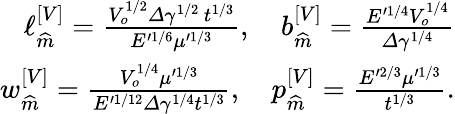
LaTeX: \begin{array}{r}{\ell_{\widehat{m}}^{\left[V\right]}=\frac{V_{o}^{1/2}\varDelta\gamma^{1/2}\, t^{1/3}}{E^{\prime 1/6}\mu^{\prime 1/3}},\quad b_{\widehat{m}}^{\left[V\right]}=\frac{E^{\prime 1/4}V_{o}^{1/4}}{\varDelta\gamma^{1/4}}}\\ {w_{\widehat{m}}^{\left[V\right]}=\frac{V_{o}^{1/4}\mu^{\prime 1/3}}{E^{\prime 1/12}\varDelta\gamma^{1/4}t^{1/3}},\quad p_{\widehat{m}}^{\left[V\right]}=\frac{E^{\prime 2/3}\mu^{\prime 1/3}}{t^{1/3}}.}\end{array}